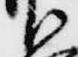
御